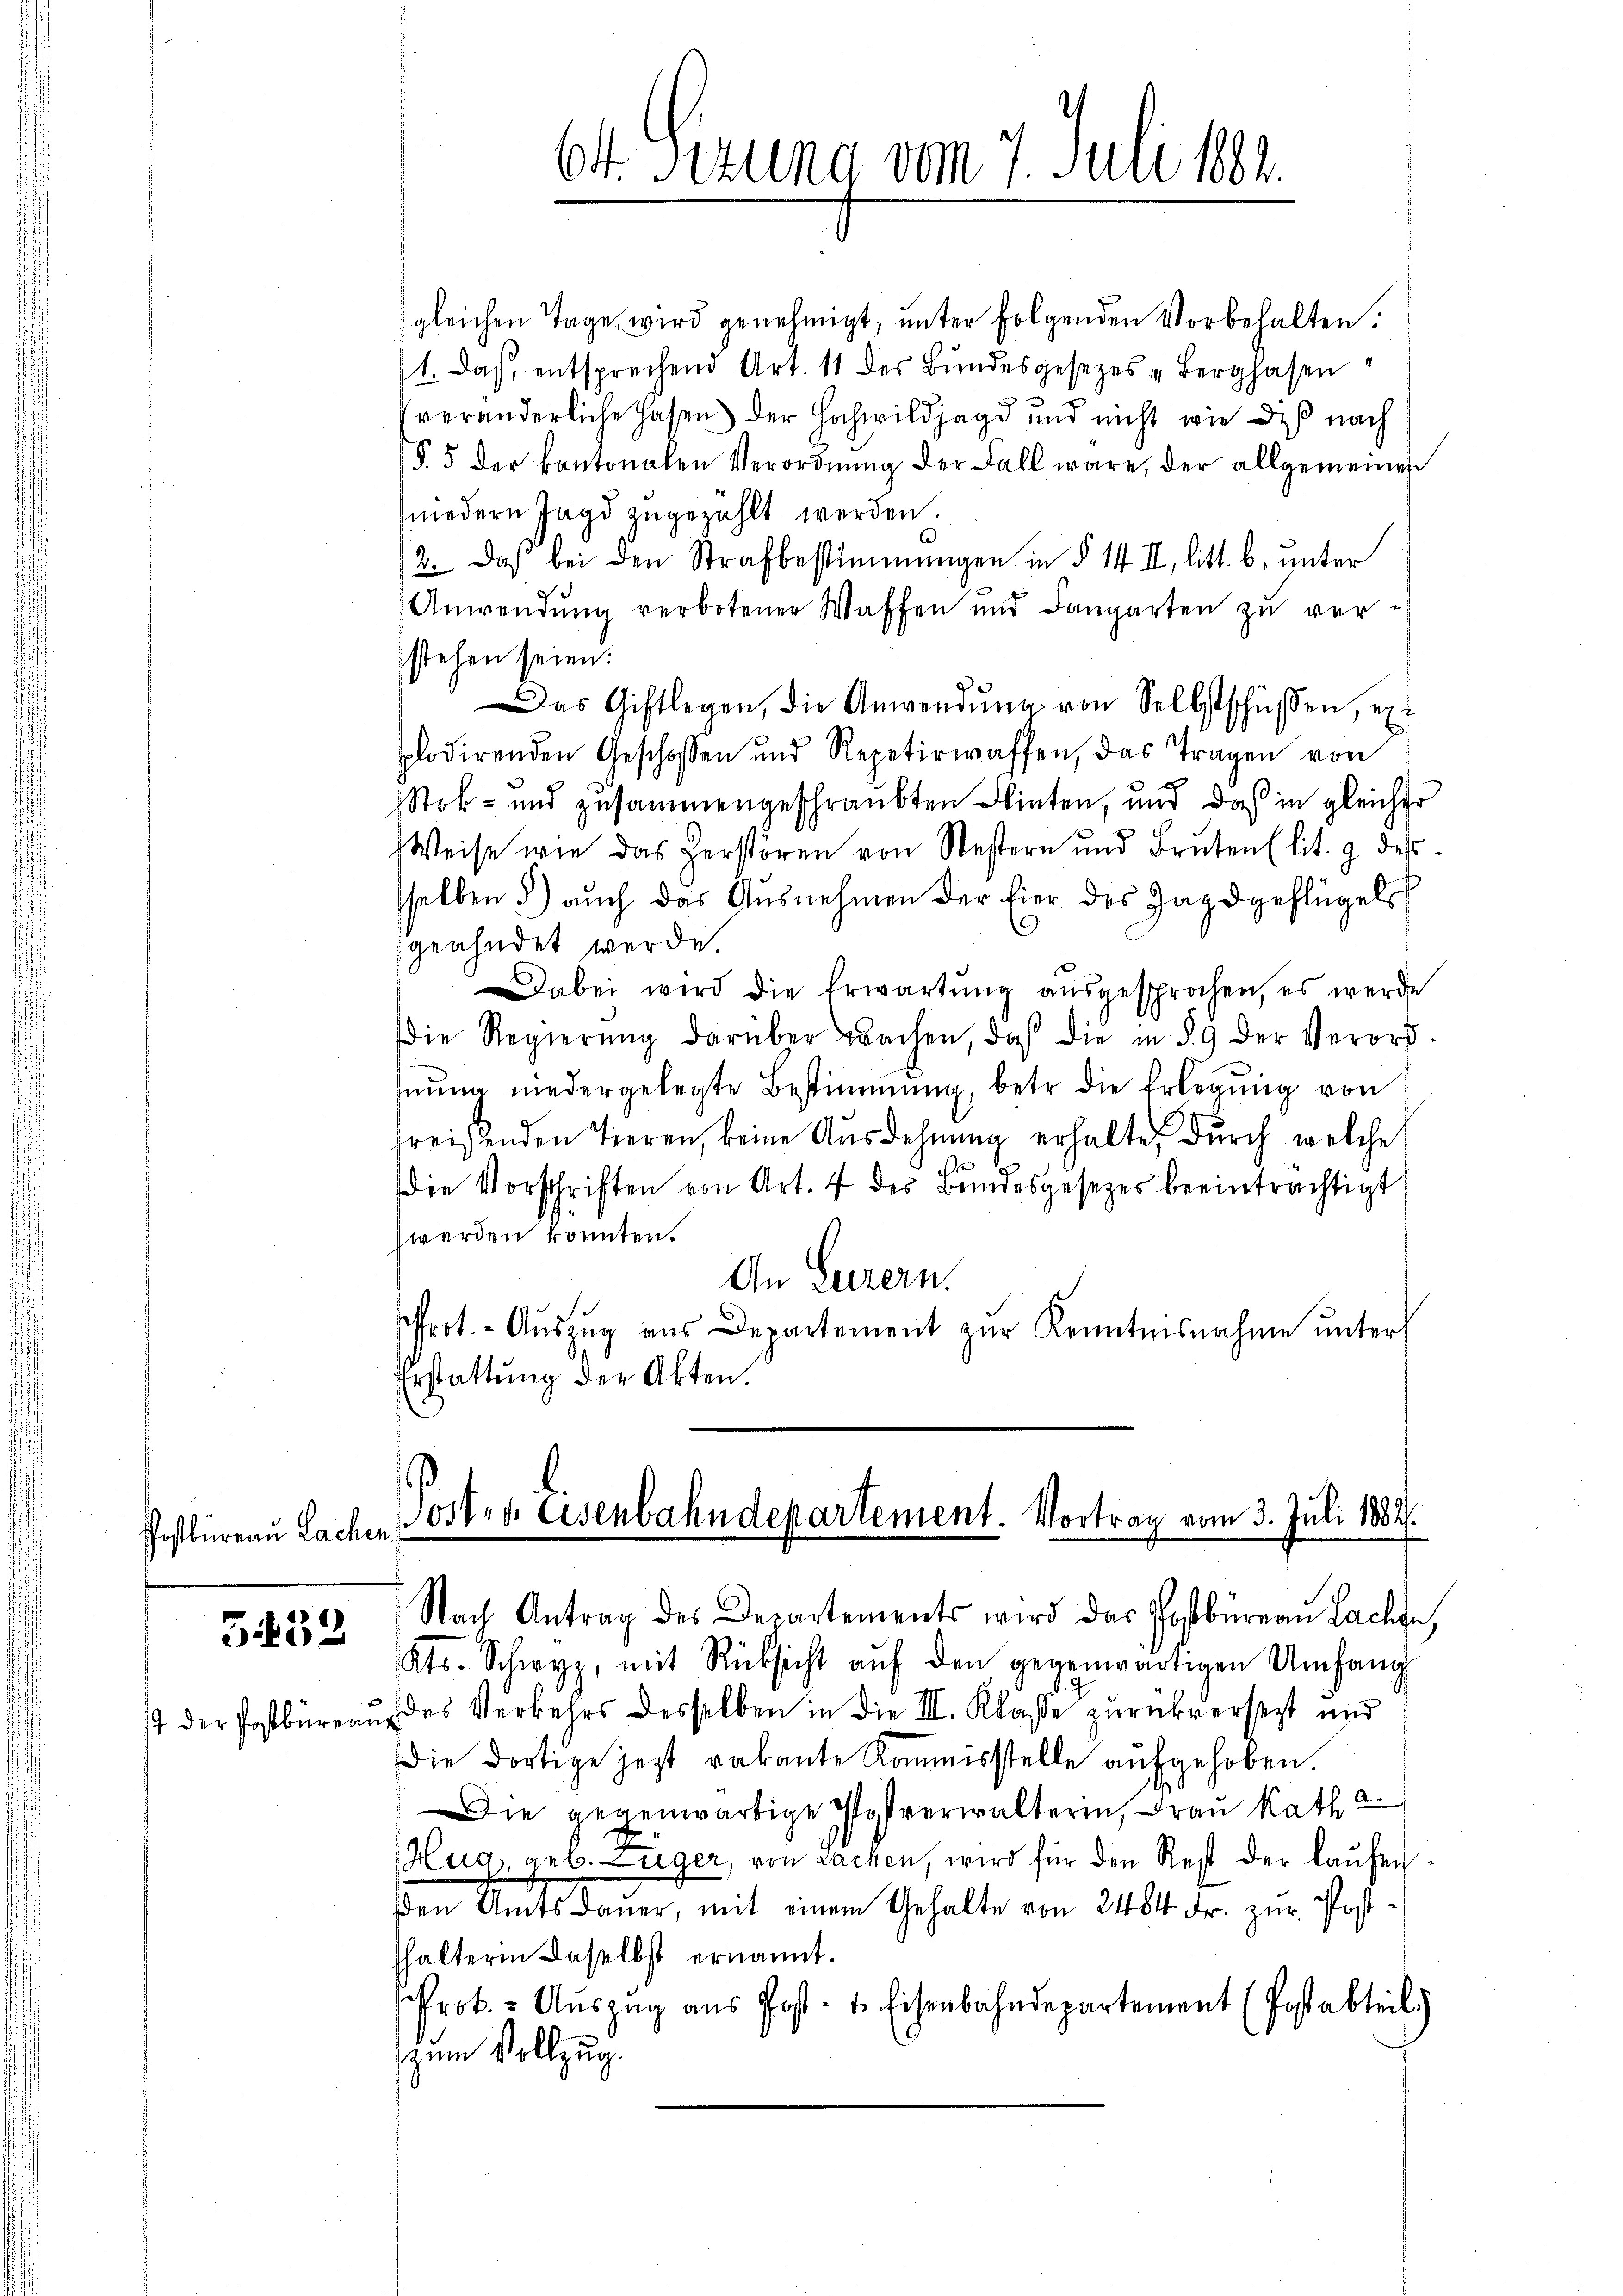
Postbüreau Lachen,

G.452
st der Postbüreaus

gleichen Tage wird genehmigt, unter folgenden Vorbehalten.
1. Das entsprechend Art. 11 des Bŭndesgesezes u Bergpasen
veränderliche Hasen der Hochwildjagd und nicht wie des nach
§. 5 der kantonalen Verordnŭng der Fall wäre, der allgemeinen
niedern Jagd zugezählt werden.
2. Das bei den Strafbestimmungen in § 14 II, litt. b, unter
Anwendŭng verbotener Waffen und Langarten zŭ ver-
stehen seien.
Das Giftlegen, die Anwendŭng von Selbstschüssen, ex
plodirenden Geschossen und Repetirwaffen, das Tragen von
Stok- und zusammengeschraubten Winten, und das in gleicher
Weise wie das Herstören von Western und Brŭten (lit. 9 des
sselben 5) auch das Ausnehmen der Eier des Jagdgeflügel
geahndet werde
Dabei wird die Erwartŭng aŭsgesprochen, es werde
die Regierŭng darüber wachen, daß die in § 9 der Verord-
nŭng niedergelegte Bestimmung, betr. die Erlegung von
freisenden Tieren, keine Ausdehnung erhalte, durch welche
die Vorschriften von Art. 4 des Bundesgesetzes beeinträchtigt
werden konnten.
An Luzern.
ffrot. Auszug aus Departement zur Kenntnisnahme unter
Erstattung der Akten.

6t. Sizung vom 7. Juli 1882.

Posten Eisenbahndepartement. Vortrag vom 3. Juli 1882.
Nach Antrag des Departements wird das Postbüreau Lachen,

Kts. Schwyz, mit Rücksicht aŭf den gegenwärtigen Umfang
des Verkehrs desselben in die III. Klasse zurückversezt und
Die dortige jetzt vakante Kommisstelle aufgehoben.
Die gegenwärtige Postverwalterin, Frau Katha
Hug, geb. Lüger, von Lachen, wird für den Rest der laŭfenden Amtsdauer, mit einem Gehalte von 2484 Fr. zur Postthalterin daselbst ernannt.
Prok. - Auszug aus Post- u. Eisenbahndepartement (Postabteil)
zum Vollzug.